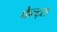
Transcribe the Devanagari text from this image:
फेल्ट्स